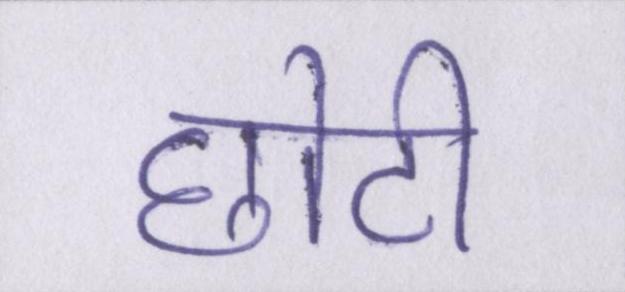
छोटी